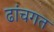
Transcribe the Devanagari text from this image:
ढांचगत